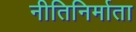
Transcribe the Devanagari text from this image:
नीतिनिर्माता